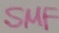
Text: SMF